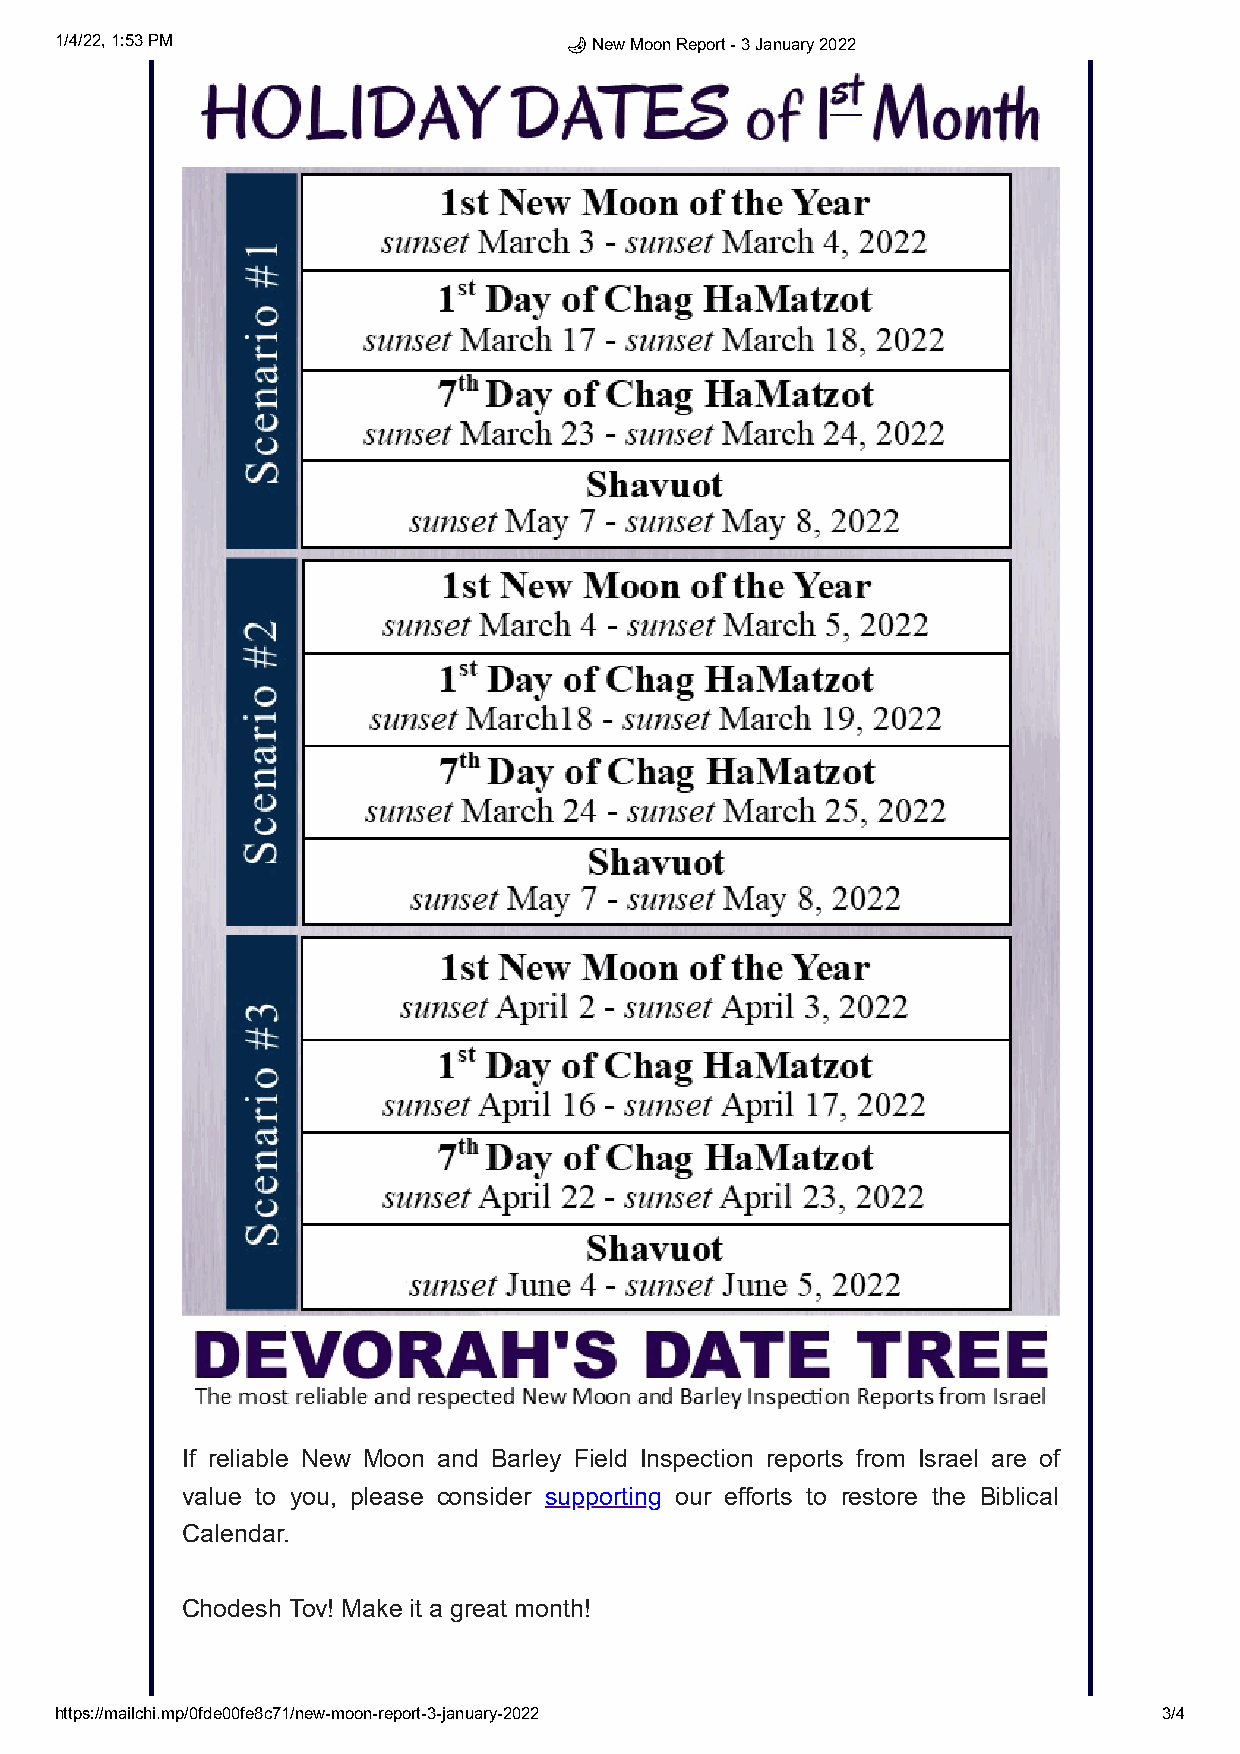
1/4/22, 1:53 PM                  🌙 New Moon Report - 3 January 2022
 If reliable New Moon and Barley Field Inspection reports from Israel are of
 value to you, please consider supporting our efforts to restore the Biblical
 Calendar.
 Chodesh Tov! Make it a great month!
 https://mailchi.mp/0fde00fe8c71/new-moon-report-3-january-2022           3/4